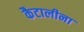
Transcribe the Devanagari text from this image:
कैटालीना